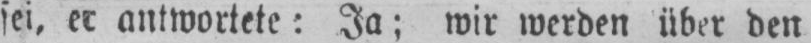
sei, er antwortete: Ja; wir werden über den